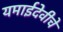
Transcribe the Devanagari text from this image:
यमाईदेवीचे